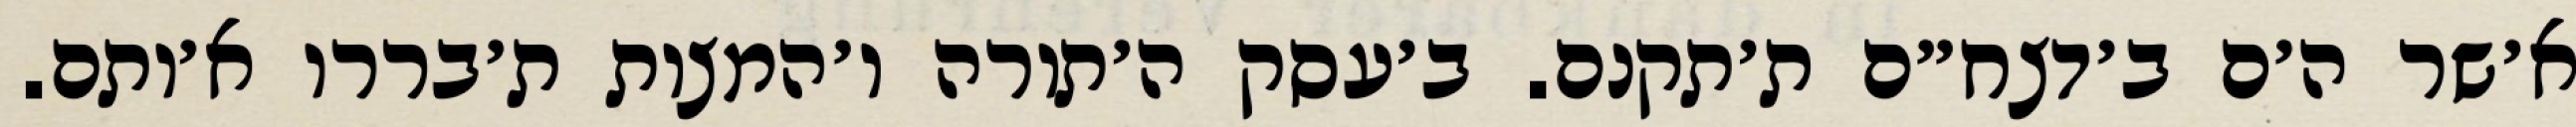
א׳שר ה׳ם ב׳דצח״ם ת׳תקנם. ב׳עסק ה׳תורה ו׳המצות ת׳בררו א׳ותם.